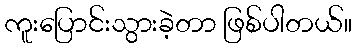
ကူးပြောင်းသွားခဲ့တာ ဖြစ်ပါတယ်။